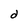
Character: d